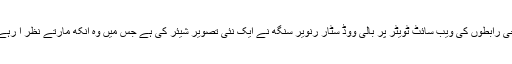
سماجی رابطوں کی ویب سائٹ ٹویٹر پر بالی ووڈ سٹار رنویر سنگھ نے ایک نئی تصویر شیئر کی ہے جس میں وہ آنکھ مارتے نظر آ رہے ہیں۔